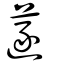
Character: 蓫